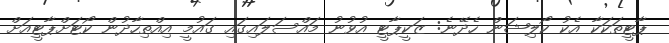
ޕާޓީތަކަކާ އެކު ކޯލިޝަން ހެދޭނެ: ޒަކީޕާޓީ އުވުނު މައްސަލައިގައި ގައުމީ އިއްތިހާދުން ކޯޓަށްޕާޓީއަށް